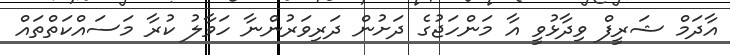
އާދަމް ޝަރީފް ވިދާޅުވީ އާ މަންހަޖުގެ ދަށުން ދަރިވަރުންނާ ހަވާލު ކުރާ މަސައްކަތްތައް